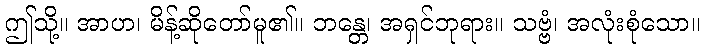
ဤသို့။ အာဟ၊ မိန့်ဆိုတော်မူ၏။ ဘန္တေ၊ အရှင်ဘုရား။ သဗ္ဗံ၊ အလုံးစုံသော။